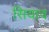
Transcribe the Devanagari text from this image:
सियाव